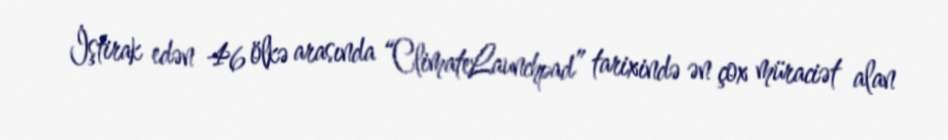
İştirak edən 46 ölkə arasında “ClimateLaunchpad” tarixində ən çox müraciət alan